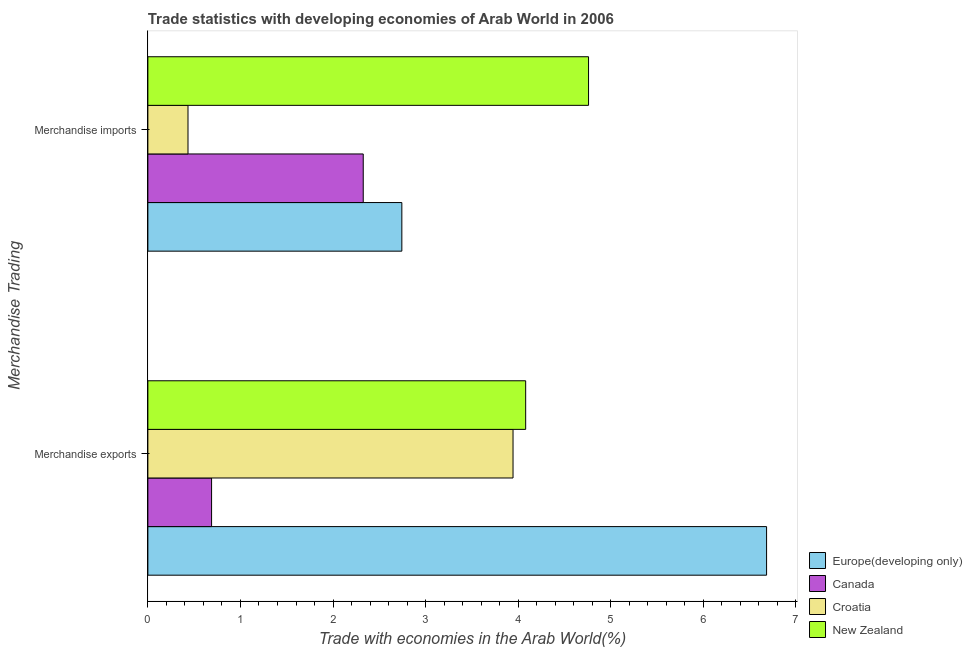
| Merchandise Trading | Europe(developing only) | Canada | Croatia | New Zealand |
 | --- | --- | --- | --- | --- |
 | Merchandise exports | 6.68 | 0.688 | 3.94 | 4.08 |
 | Merchandise imports | 2.74 | 2.33 | 0.433 | 4.76 |